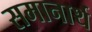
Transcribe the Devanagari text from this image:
समानार्थ